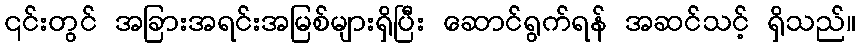
၎င်းတွင် အခြားအရင်းအမြစ်များရှိပြီး ဆောင်ရွက်ရန် အဆင်သင့် ရှိသည်။